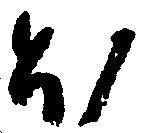
ほ